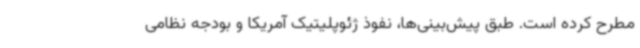
مطرح کرده است. طبق پیش‌بینی‌ها، نفوذ ژئوپلیتیک آمریکا و بودجه نظامی